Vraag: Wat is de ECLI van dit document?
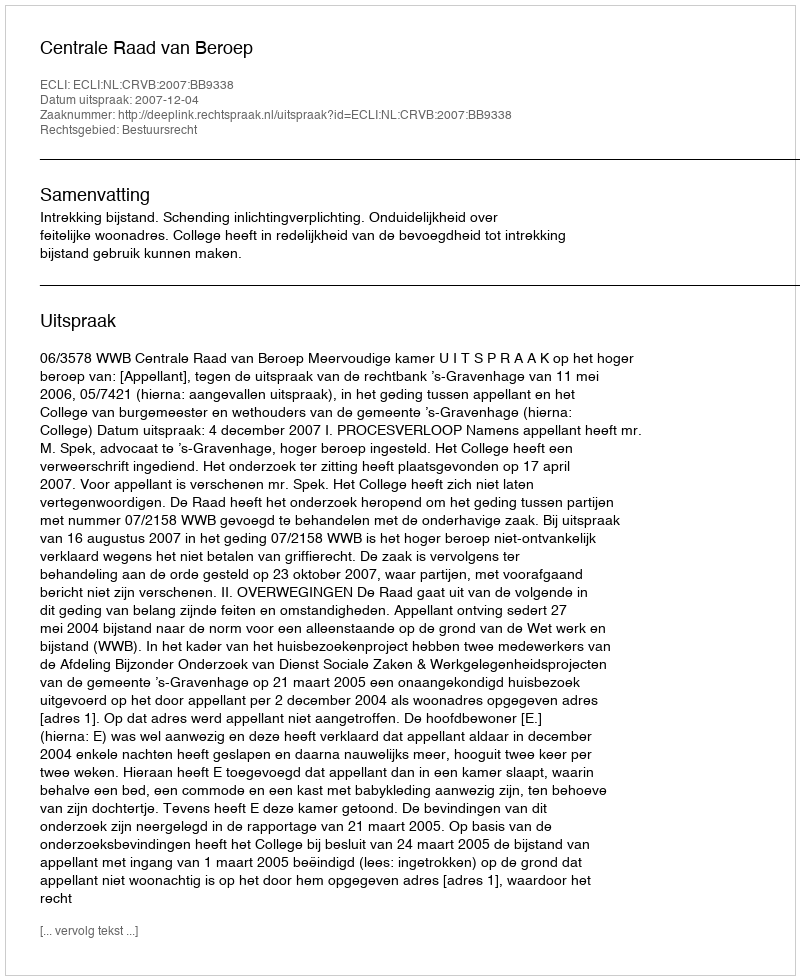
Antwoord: ECLI:NL:CRVB:2007:BB9338